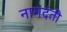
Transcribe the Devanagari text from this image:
नागदंती